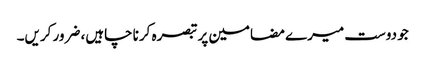
جو دوست میرے مضامین پر تبصرہ کرنا چاہیں، ضرور کریں۔